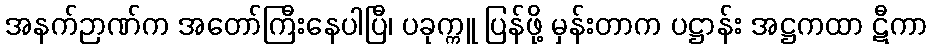
အနက်ဉာဏ်က အတော်ကြီးနေပါပြီ၊ ပခုက္ကူ ပြန်ဖို့ မှန်းတာက ပဋ္ဌာန်း အဋ္ဌကထာ ဋီကာ